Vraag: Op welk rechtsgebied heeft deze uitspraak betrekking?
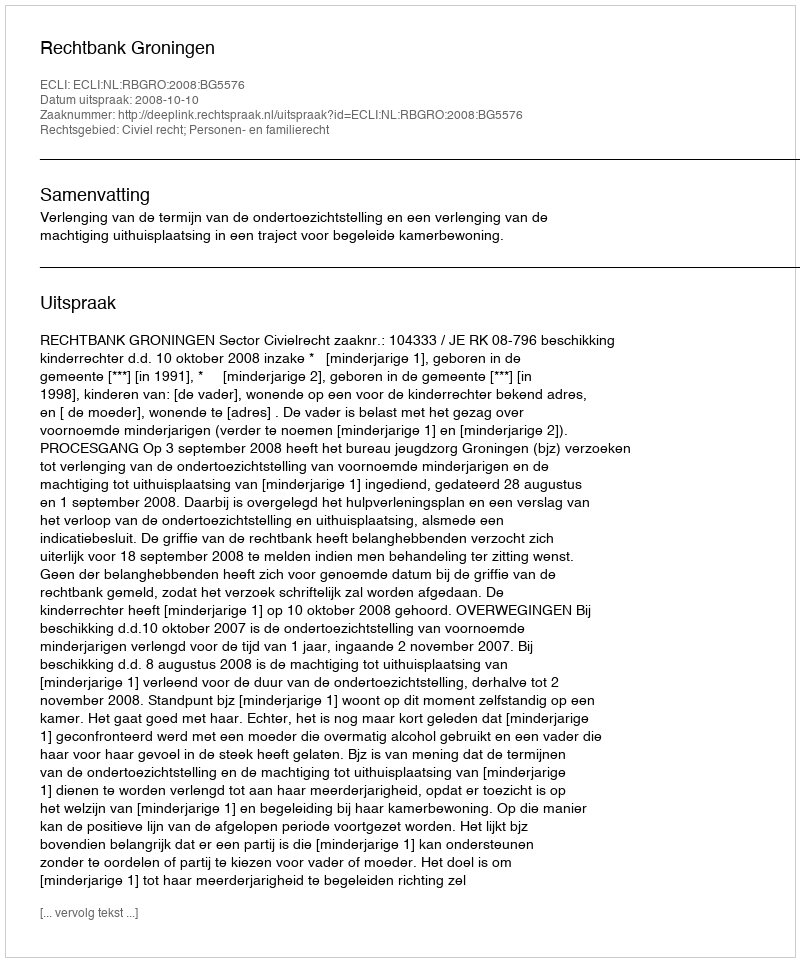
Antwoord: Civiel recht; Personen- en familierecht